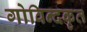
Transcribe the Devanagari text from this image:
गोविन्दकृत